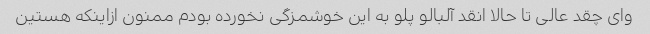
وای چقد عالی تا حالا انقد آلبالو پلو به این خوشمزگی نخورده بودم ممنون ازاینکه هستین